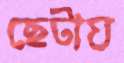
ছেটায়